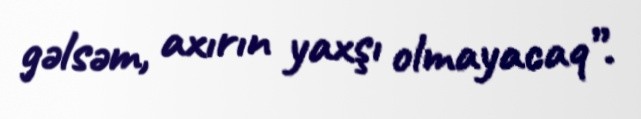
gəlsəm, axırın yaxşı olmayacaq”.